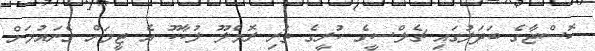
ކޮސްޓާގެ ބަދަލުގައި ޗެލްސީގެ ކުރީގެ ތަރި ރޮމެލޫ ލުކާކޫ އެ ޓީމަށް ގެނައުމަށް